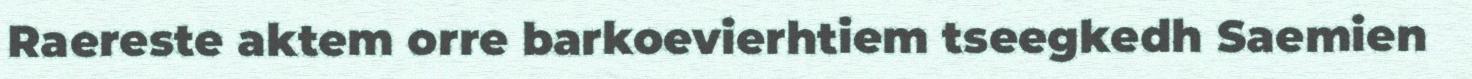
Raereste aktem orre barkoevierhtiem tseegkedh Saemien